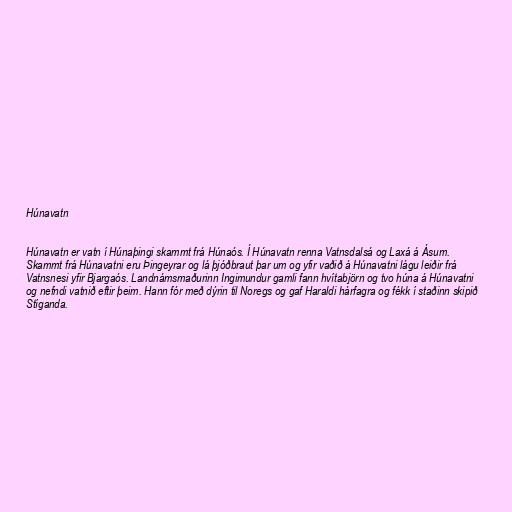
Húnavatn

Húnavatn er vatn í Húnaþingi skammt frá Húnaós. Í Húnavatn renna Vatnsdalsá og Laxá á Ásum.
Skammt frá Húnavatni eru Þingeyrar og lá þjóðbraut þar um og yfir vaðið á Húnavatni lágu leiðir frá
Vatnsnesi yfir Bjargaós. Landnámsmaðurinn Ingimundur gamli fann hvítabjörn og tvo húna á Húnavatni
og nefndi vatnið eftir þeim. Hann fór með dýrin til Noregs og gaf Haraldi hárfagra og fékk í staðinn skipið
Stíganda.